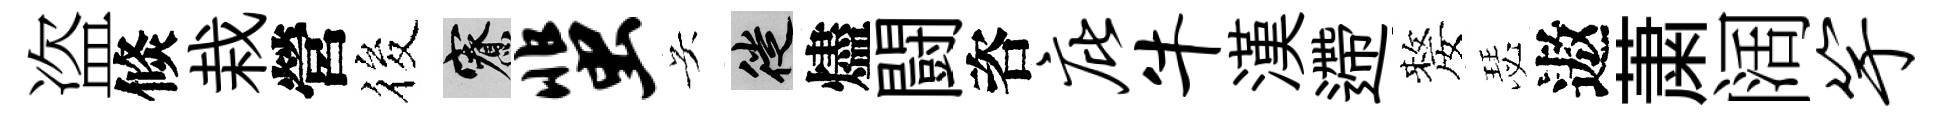
盗倐栽營筱寮蜚吴徙燼闘咨庇牛漢遰嫠瑟遨䔥阔竽